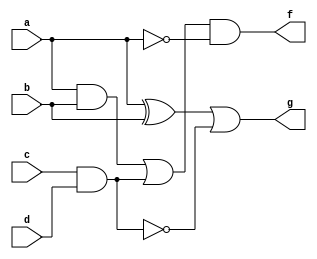
module multi_level_logic (
    input wire a,
    input wire b,
    input wire c,
    input wire d,
    output wire f,
    output wire g
);

// Intermediate signals for sub-functions
wire ab;       // AND gate: a AND b
wire cd;       // AND gate: c AND d
wire ab_cd;    // OR gate: (a AND b) OR (c AND d)
wire not_a;    // NOT gate: NOT a
wire not_b;    // NOT gate: NOT b
wire xor_ab;   // XOR gate: a XOR b
wire nand_cd;  // NAND gate: NOT (c AND d)

// Logic Implementation
assign ab = a & b;                  // AND
assign cd = c & d;                  // AND
assign nand_cd = ~(c & d);          // NAND
assign not_a = ~a;                  // NOT
assign not_b = ~b;                  // NOT
assign xor_ab = a ^ b;              // XOR

// Multi-level logic output
assign ab_cd = ab | cd;              // Level 1: OR
assign f = ab_cd & not_a;            // Level 2: (ab_cd) AND NOT a
assign g = xor_ab | nand_cd;         // Level 2: (xor_ab) OR (not(c and d))

endmodule